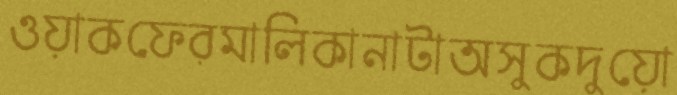
ওয়াকফেরমালিকানাটাঅসুকদুয়ো